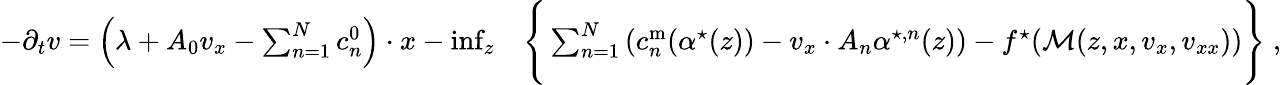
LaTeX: \begin{array}{rl}{-\partial_{t}v=\left(\lambda+A_{0}v_{x}-\sum_{n=1}^{N}c_{n}^{0}\right)\cdot x-\operatorname*{inf}_{{z}}}&{\Bigg\{ \sum_{n=1}^{N}\left(c_{n}^{\mathrm{m}}({\alpha}^{\star}(z))-v_{x}\cdot A_{n}{\alpha}^{\star,n}(z)\right)-f^{\star}(\mathcal{M}(z,x,v_{x},v_{xx}))\Bigg\} \; ,}\end{array}